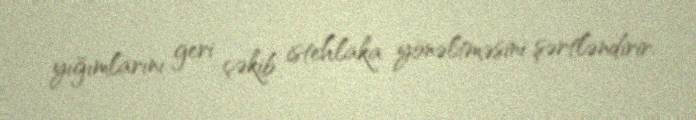
yığımlarını geri çəkib istehlaka yönəltməsini şərtləndirir.